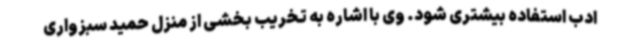
ادب استفاده بیشتری شود. وی با اشاره به تخریب بخشی از منزل حمید سبزواری